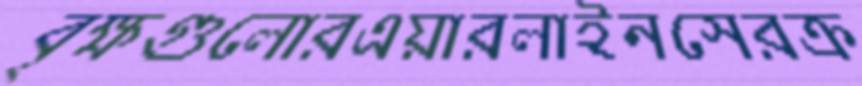
বৃক্ষগুলোরএয়ারলাইনসেরক্র